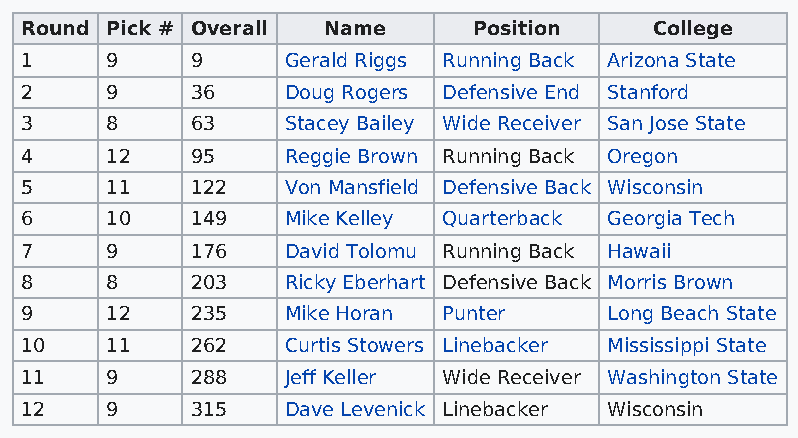
Round Pick # Overall Name     Position    College
 1     9     9     Gerald Riggs Running Back Arizona State
 2     9     36    Doug Rogers Defensive End Stanford
 3     8     63    Stacey Bailey Wide Receiver San Jose State
 4     12    95    Reggie Brown Running Back Oregon
 5     11    122   Von Mansfield Defensive Back Wisconsin
 6     10    149   Mike Kelley Quarterback Georgia Tech
 7     9     176   David Tolomu Running Back Hawaii
 8     8     203   Ricky Eberhart Defensive Back Morris Brown
 9     12    235   Mike Horan Punter    Long Beach State
 10    11    262   Curtis Stowers Linebacker Mississippi State
 11    9     288   Jeff Keller Wide Receiver Washington State
 12    9     315   Dave Levenick Linebacker Wisconsin